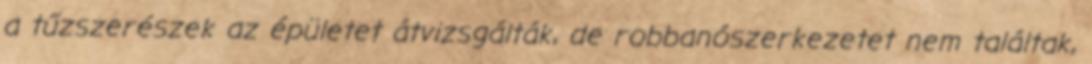
a tűzszerészek az épületet átvizsgálták, de robbanószerkezetet nem találtak,